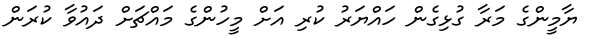
ޔާމީންގެ މަރާ ގުޅިގެން ހައްޔަރު ކުރި އަށް މީހުންގެ މައްޗަށް ދައުވާ ކުރަން